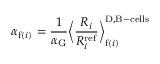
\alpha _ { \mathrm { f } ( i ) } = \frac { 1 } { \alpha _ { \mathrm { G } } } \bigg \langle \frac { R _ { i } } { R _ { i } ^ { \mathrm { r e f } } } \bigg \rangle _ { \mathrm { f } ( i ) } ^ { \mathrm { D , B - c e l l s } }